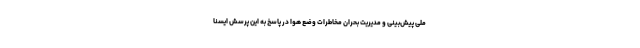
ملی پیش‌بینی و مدیریت بحران مخاطرات وضع هوا در پاسخ به این پرسش ایسنا